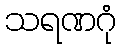
သရဏဂုံ